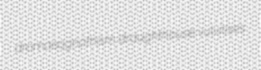
dromaeognathism draughthouse vulvitises